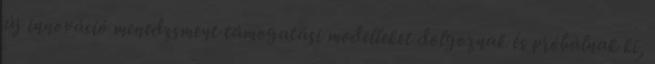
új innováció menedzsment támogatási modelleket dolgoznak és próbálnak ki,